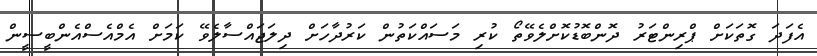
އެފަދަ ގޮތަކަށް ޕްރިންޓަރު ދޮންބޮޑުކޮށްލެވޭތޯ ކުރި މަސައްކަތުން ކަރުދާހަށް ދިލަޖައްސާލެވޭ ކަމަށް އެމްއެސްއެންބީސީން